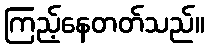
ကြည့်နေတတ်သည်။